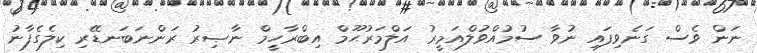
ނަން ވެސް ގަނެވިފައި ނުވާ ސުމުއްވުލްއަމީރު އަލްމަރުޙޫމް އިބްރާހީމް ނާޞިރު ރަންނަބަނޑޭރި ކިލެގެފާނު